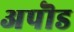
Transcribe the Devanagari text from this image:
अपॊड